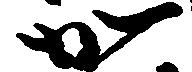
加